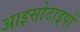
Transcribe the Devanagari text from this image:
आइसोटाइपों